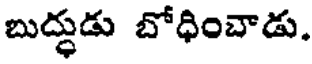
బుద్ధుడు బోధించాడు.